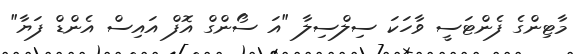
މާޓިންގެ ފެންޓަސީ ވާހަކަ ސިލްސިލާ "އަ ސޯންގް އޮފް އައިސް އެންޑް ފަޔާ"